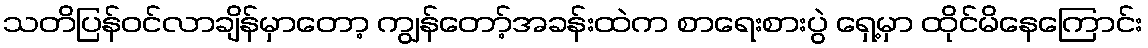
သတိပြန်ဝင်လာချိန်မှာတော့ ကျွန်တော့်အခန်းထဲက စာရေးစားပွဲ ရှေ့မှာ ထိုင်မိနေကြောင်း